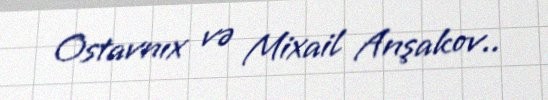
Ostavnıx və Mixail Anşakov..